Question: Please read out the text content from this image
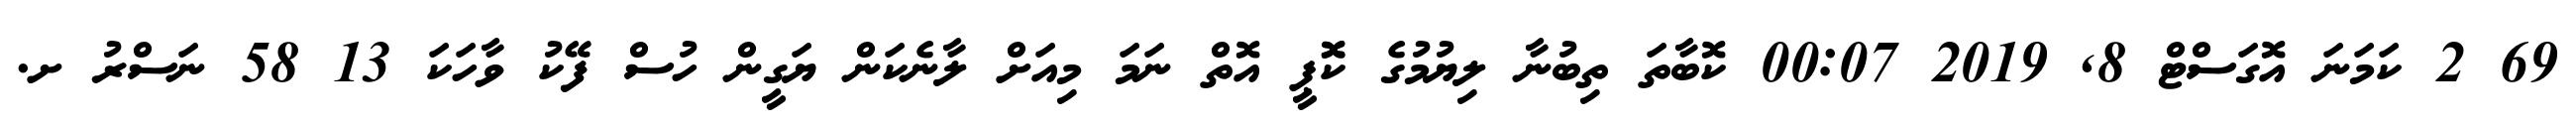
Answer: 69 2 ކަމަނަ އޮގަސްޓް 8, 2019 00:07 ކޮބާތަ ތިބުނާ ލިޔުމުގެ ކޮޮޕީ އޮތް ނަމަ މިއަށް ލާނެކަން ޔަގީން ހުސް ފޭކު ވާހަކަ 13 58 ނަސްރު ށ.